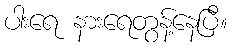
ပါးရေ နားရေတွန့်နေပြီ။